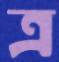
ত্র